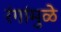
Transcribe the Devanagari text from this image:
रंगांमुळे